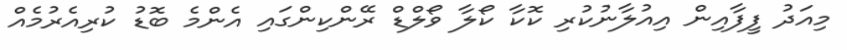
މިއަދު ފީފާއިން އިއުލާނުކުރި ކޮކާ ކޯލާ ވޯލްޑް ރޭންކިންގައި އެންމެ ބޮޑު ކުރިއެރުމެއް